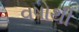
વષોથી